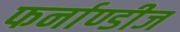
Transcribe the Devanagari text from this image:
फर्नाण्डीज